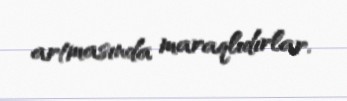
artmasında maraqlıdırlar.